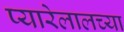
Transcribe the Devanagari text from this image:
प्यारेलालच्या